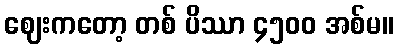
ဈေးကတော့ တစ် ပိဿာ ၄၅၀၀ အစ်မ။